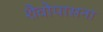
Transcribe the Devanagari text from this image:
शैवोपासना